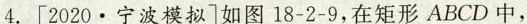
4.[2020﹒宁波模拟]如图18-2-9，在矩形ABCD中，